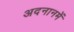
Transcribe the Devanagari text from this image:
अदनानमें